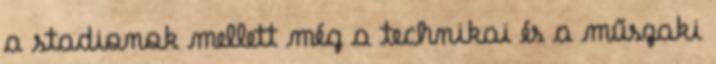
a stadionok mellett még a technikai és a műszaki